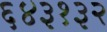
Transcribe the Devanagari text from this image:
६४३१३२